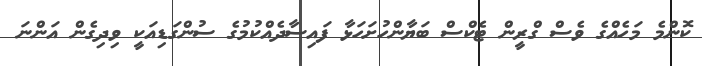
ކޮންމެ މަހެއްގެ ވެސް ގްރީން ޓެކްސް ބަޔާންހުށަހަޅާ ފައިސާދެއްކުމުގެ ސުންގަޑިއަކީ ވިދިގެން އަންނަ